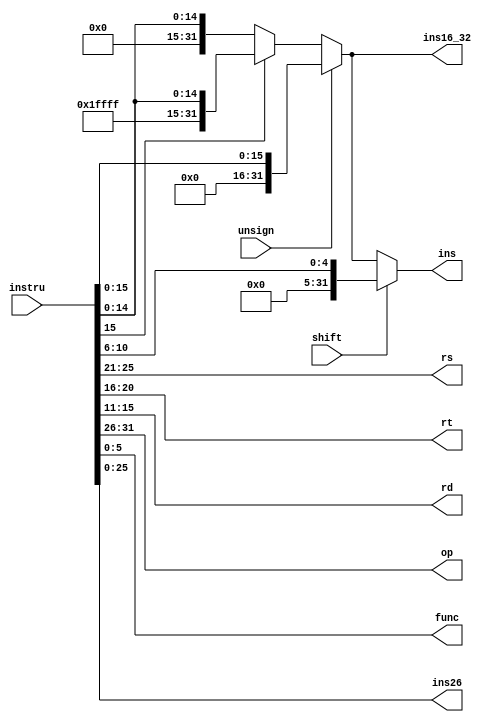
module IR_Extern(
	instru,shift,unsign,
	rs,rt,rd,op,func,
	ins16_32,ins26,ins
    );
    input [31:0]instru;
    input shift,unsign;
    output [5:0] op,func;
    output [4:0] rs,rt,rd;
    output [31:0] ins16_32,ins;
    output [25:0] ins26;
    wire [4:0]shamt;
    wire [15:0]ins16;
    assign op = instru[31:26];
    assign rs = instru[25:21];
    assign rt = instru[20:16];
    assign rd = instru[15:11];
    assign shamt = instru[10:6];
    assign func = instru[5:0];
    assign ins16 = instru[15:0];
    assign ins26 = instru[25:0];
    assign ins16_32 = unsign ? {16'h0000,ins16}:
    	ins16[15] ? {16'hffff,ins16} : {16'h0000,ins16};
    assign ins = shift ? {27'h0000000,shamt} : ins16_32;
endmodule